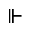
\Vdash